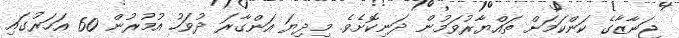
ޖަނާޒާގެ ކަންކަމަށް ތައްޔާރުވަމުން ދަނިކޮށެވެ. މިދިޔަ އަންގާރަ ދުވަހު އުމުރުން 60 އަހަރުގައި